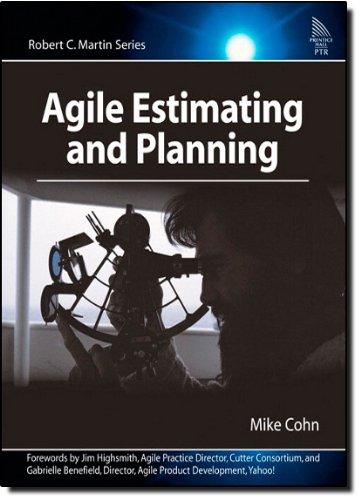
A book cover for Agile Estimating and Planning; Mike Cohn; Computers & Technology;